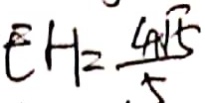
E H = \frac { 4 + \sqrt { 5 } } { 5 }